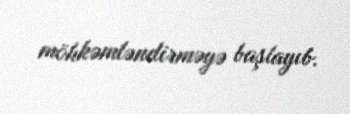
möhkəmləndirməyə başlayıb.